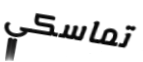
تماسكي